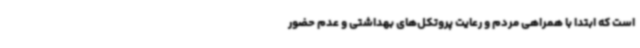
است که ابتدا با همراهی مردم و رعایت پروتکل‌های بهداشتی و عدم حضور